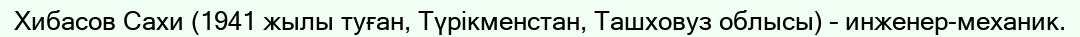
Хибасов Сахи (1941 жылы туған, Түрікменстан, Ташховуз облысы) – инженер-механик.